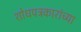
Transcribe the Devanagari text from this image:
शोधपत्रकारांच्या